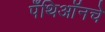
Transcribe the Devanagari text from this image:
पँथिऑनचे